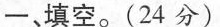
一、填空。(24分)